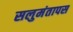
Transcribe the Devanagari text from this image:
सलुमंतापस